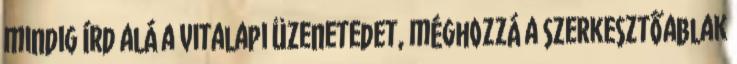
mindig írd alá a vitalapi üzenetedet, méghozzá a szerkesztőablak